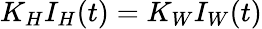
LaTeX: K_{H}I_{H}(t)=K_{W}I_{W}(t)